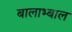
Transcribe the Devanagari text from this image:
बालाभ्बाल